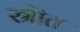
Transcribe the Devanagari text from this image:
स्रॊत